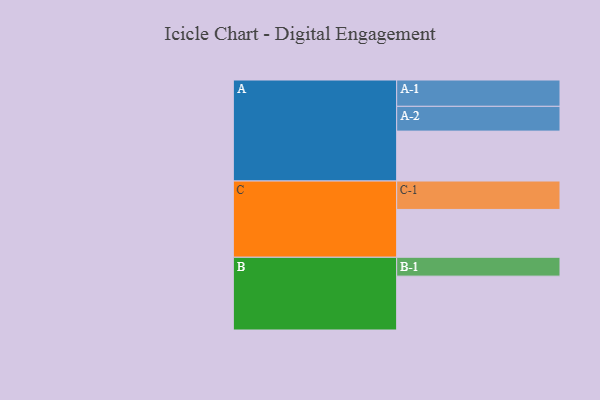
{"axis": {"x": "Segment", "y": "Value"}, "legend": ["", "A", "B", "C"], "data": [{"x": "A", "y": 455, "type": ""}, {"x": "B", "y": 491, "type": ""}, {"x": "C", "y": 436, "type": ""}, {"x": "A-1", "y": 240, "type": "A"}, {"x": "A-2", "y": 226, "type": "A"}, {"x": "B-1", "y": 172, "type": "B"}, {"x": "C-1", "y": 259, "type": "C"}]}